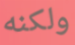
ولكنه